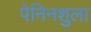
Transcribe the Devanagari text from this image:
पेनिनशुला